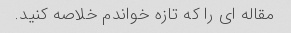
مقاله ای را که تازه خواندم خلاصه کنید.